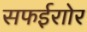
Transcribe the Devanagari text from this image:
सफईराोर